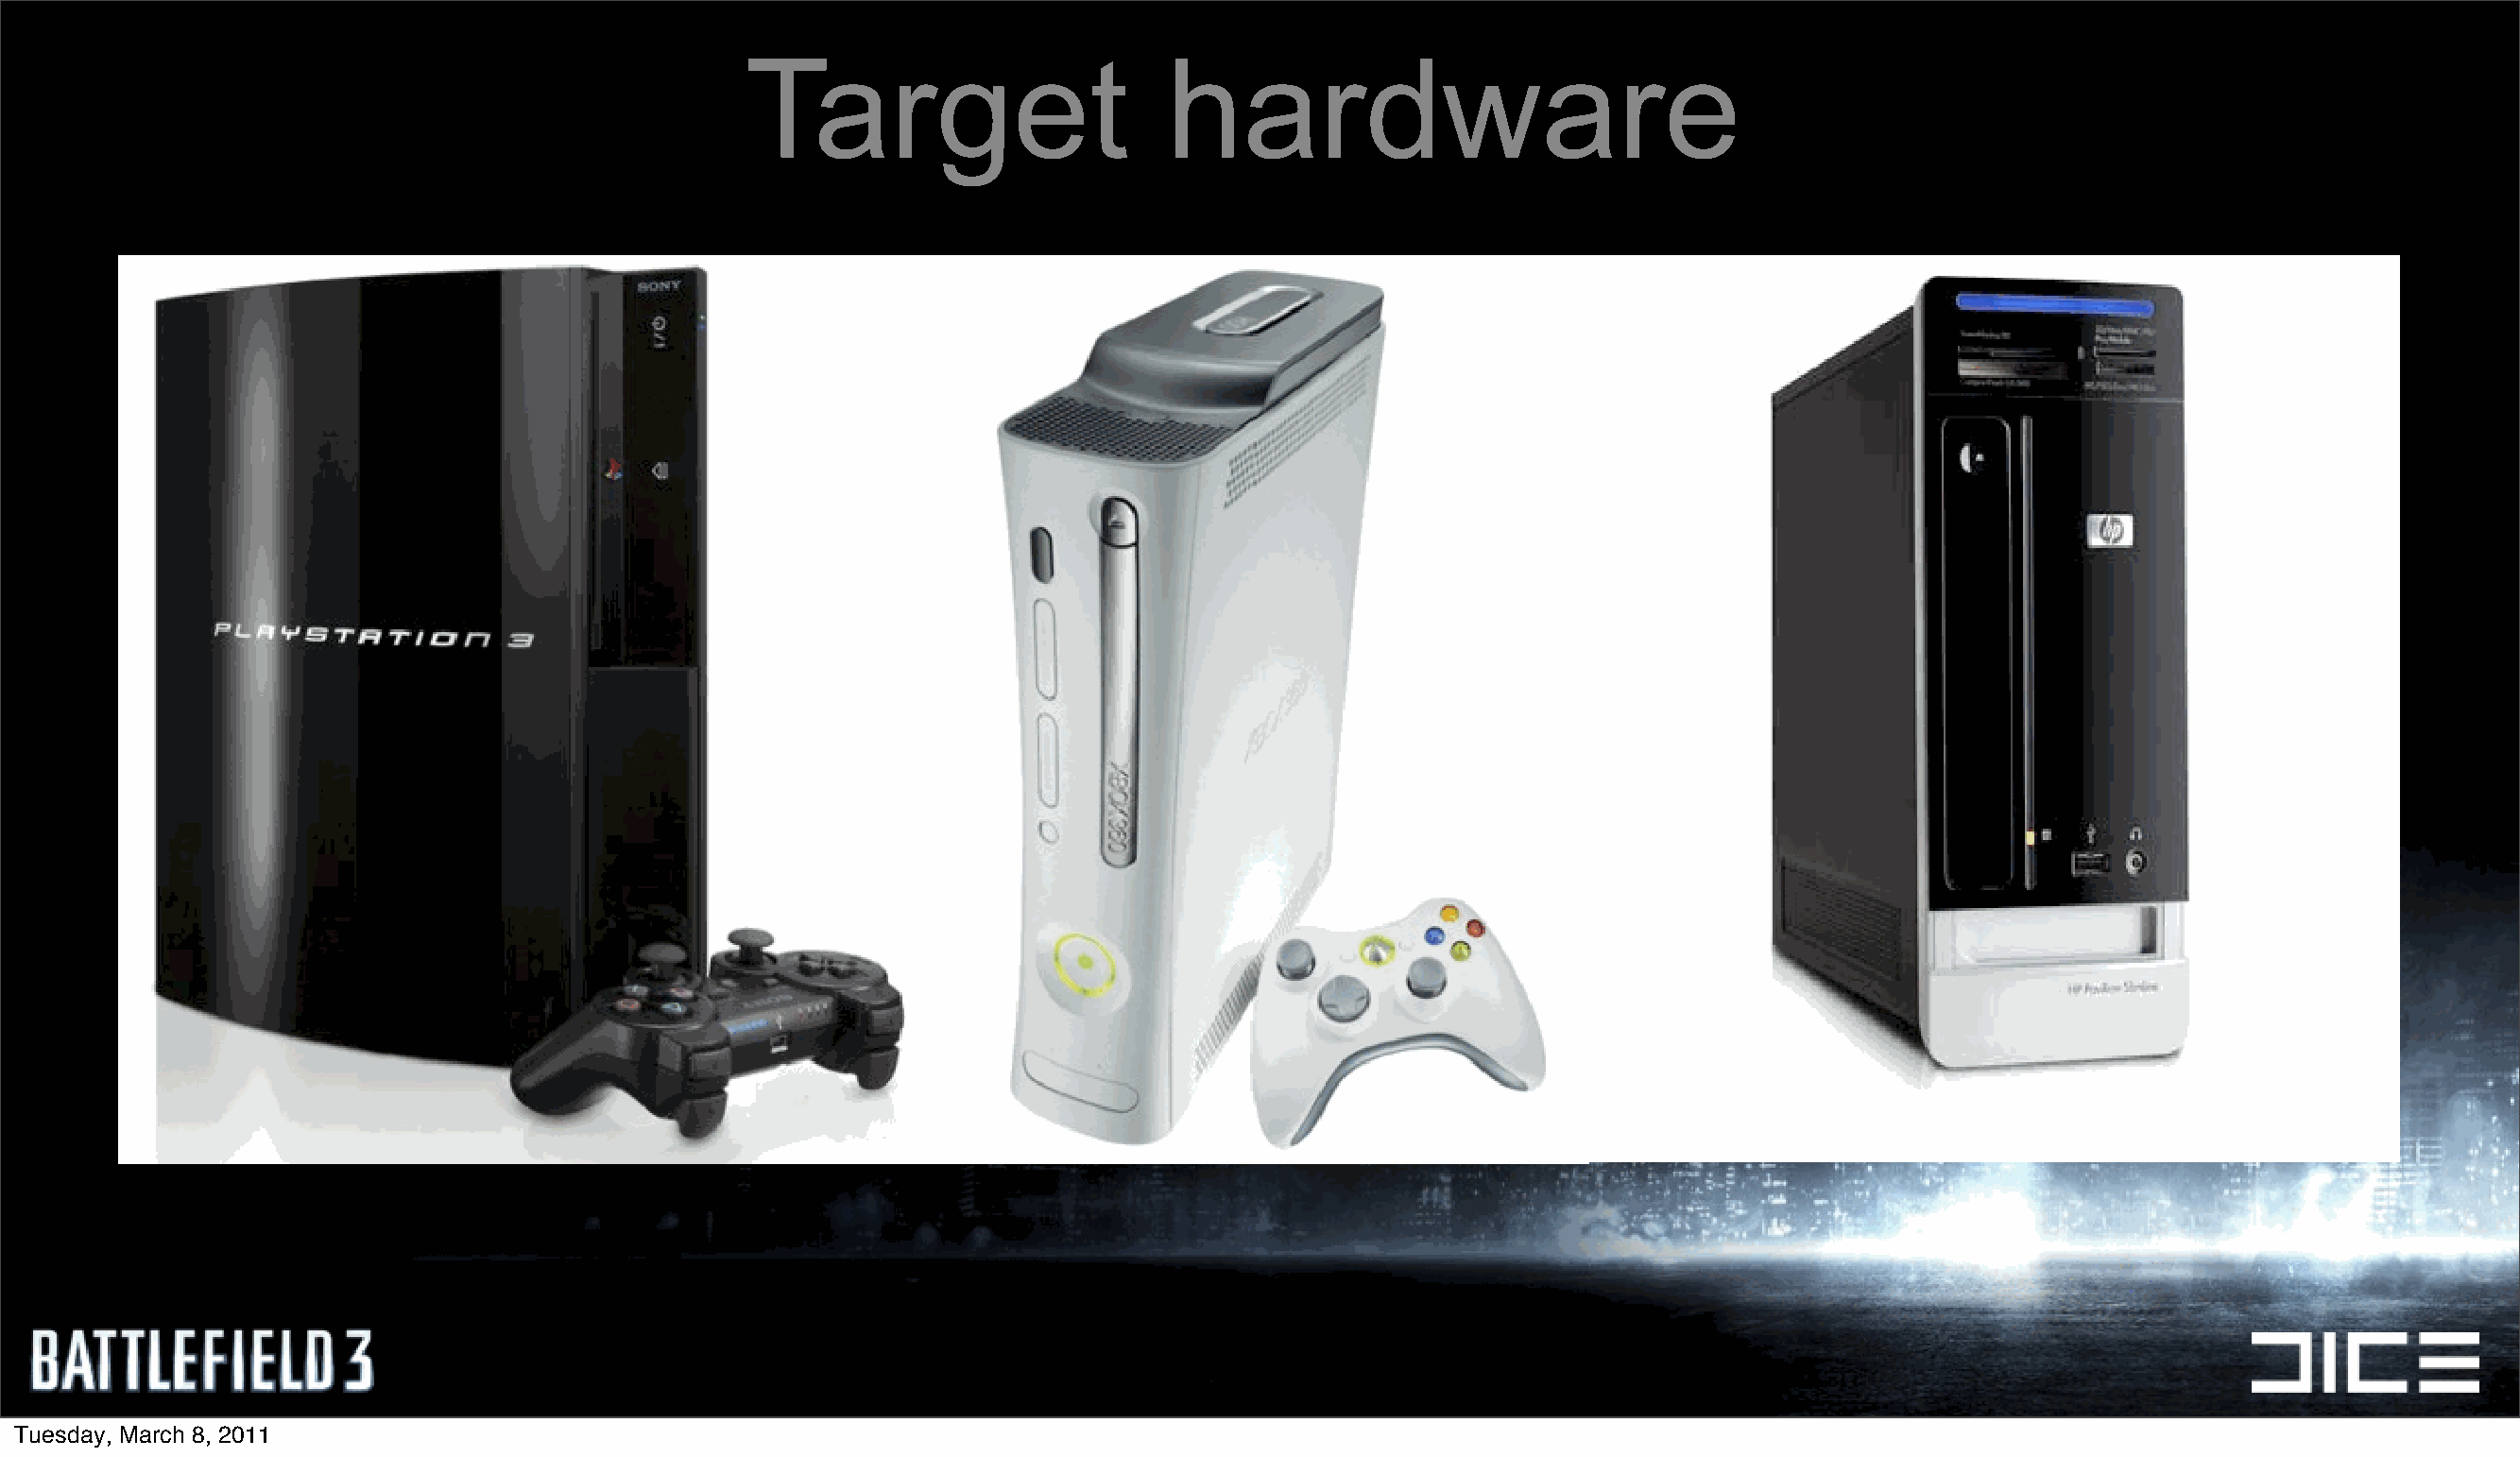
Target                        hardware
 Tuesday, March 8, 2011